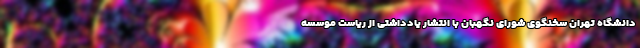
دانشگاه تهران سخنگوی شورای نگهبان با انتشار یادداشتی از ریاست موسسه